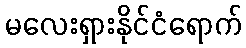
မလေးရှားနိုင်ငံရောက်